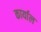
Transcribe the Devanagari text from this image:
कार्याल